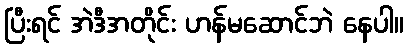
ပြီးရင် အဲဒီအတိုင်း ဟန်မဆောင်ဘဲ နေပါ။